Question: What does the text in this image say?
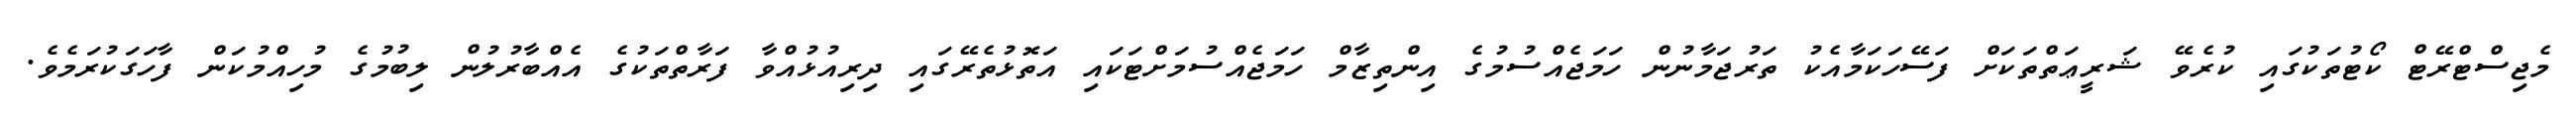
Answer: މެޖިސްޓްރޭޓް ކޯޓުތަކުގައި ކުރެވޭ ޝަރީޢަތްތަކަށް ފަސޭހަކަމާއެކު ތަރުޖަމާނުން ހަމަޖެއްސުމުގެ އިންތިޒާމް ހަމަޖެއްސުމަށްޓަކައި އަތޮޅުތެރޭގައި ދިރިއުޅުއްވާ ފަރާތްތަކުގެ އެއްބާރުލުން ލިބުމުގެ މުހިއްމުކަން ފާހަގަކުރަމެވެ.